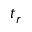
t _ { r }